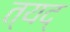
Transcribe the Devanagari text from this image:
त्यद्